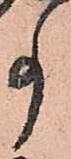
事